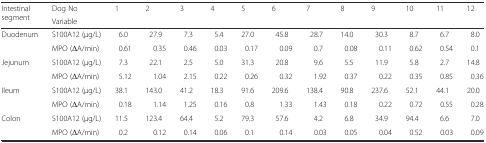
| <ROWSPAN=2> Intestinal segment | Dog No | <ROWSPAN=2> 1 | <ROWSPAN=2> 2 | <ROWSPAN=2> 3 | <ROWSPAN=2> 4 | <ROWSPAN=2> 5 | <ROWSPAN=2> 6 | <ROWSPAN=2> 7 | <ROWSPAN=2> 8 | <ROWSPAN=2> 9 | <ROWSPAN=2> 10 | <ROWSPAN=2> 11 | <ROWSPAN=2> 12 |
 | Variable |
 | --- | --- | --- | --- | --- | --- | --- | --- | --- | --- | --- | --- | --- | --- |
 | <ROWSPAN=2> Duodenum | S100A12 (μg/L) | 6.0 | 27.9 | 7.3 | 5.4 | 27.0 | 45.8 | 28.7 | 14.0 | 30.3 | 8.7 | 6.7 | 8.0 |
 | MPO (ΔA/min) | 0.61 | 0.35 | 0.46 | 0.03 | 0.17 | 0.09 | 0.7 | 0.08 | 0.11 | 0.62 | 0.54 | 0.1 |
 | <ROWSPAN=2> Jejunum | S100A12 (μg/L) | 7.3 | 22.1 | 2.5 | 5.0 | 31.3 | 20.8 | 9.6 | 5.5 | 11.9 | 5.8 | 2.7 | 14.8 |
 | MPO (ΔA/min) | 5.12 | 1.04 | 2.15 | 0.22 | 0.26 | 0.32 | 1.92 | 0.37 | 0.22 | 0.35 | 0.85 | 0.36 |
 | <ROWSPAN=2> Ileum | S100A12 (μg/L) | 38.1 | 143.0 | 41.2 | 18.3 | 91.6 | 209.6 | 138.4 | 90.8 | 237.6 | 52.1 | 44.1 | 20.0 |
 | MPO (ΔA/min) | 0.18 | 1.14 | 1.25 | 0.16 | 0.8 | 1.33 | 1.43 | 0.18 | 0.22 | 0.72 | 0.55 | 0.28 |
 | <ROWSPAN=2> Colon | S100A12 (μg/L) | 11.5 | 123.4 | 64.4 | 5.2 | 79.3 | 57.6 | 4.2 | 6.8 | 34.9 | 94.4 | 6.6 | 7.0 |
 | MPO (ΔA/min) | 0.2 | 0.12 | 0.14 | 0.06 | 0.1 | 0.14 | 0.03 | 0.05 | 0.04 | 0.52 | 0.03 | 0.09 |